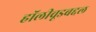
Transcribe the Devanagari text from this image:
हॉलीवूडबद्दल